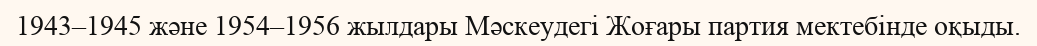
1943–1945 және 1954–1956 жылдары Мәскеудегі Жоғары партия мектебінде оқыды.